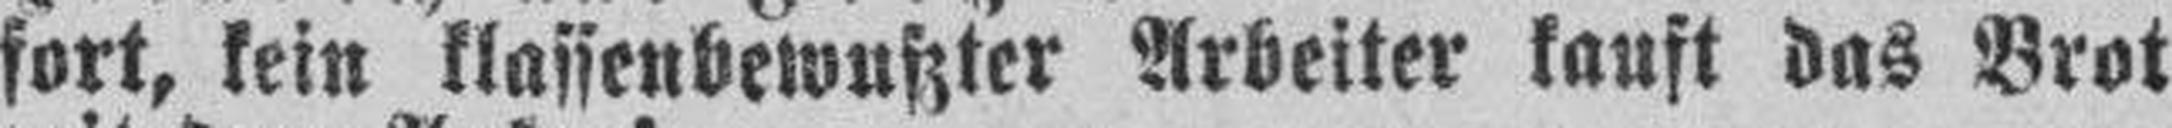
fort, kein klassenbewußter Arbeiter kauft das Brot